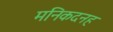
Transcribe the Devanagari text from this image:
मनिकदनह